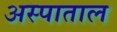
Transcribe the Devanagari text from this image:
अस्पाताल